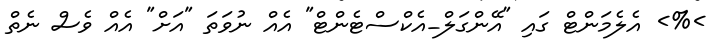
>%> އެލެމަންޓް ގައި "އޭންގަލް_އެކްސްޓެންޓް" އެއް ނުވަތަ "އަށް" އެއް ވެސް ނެތް